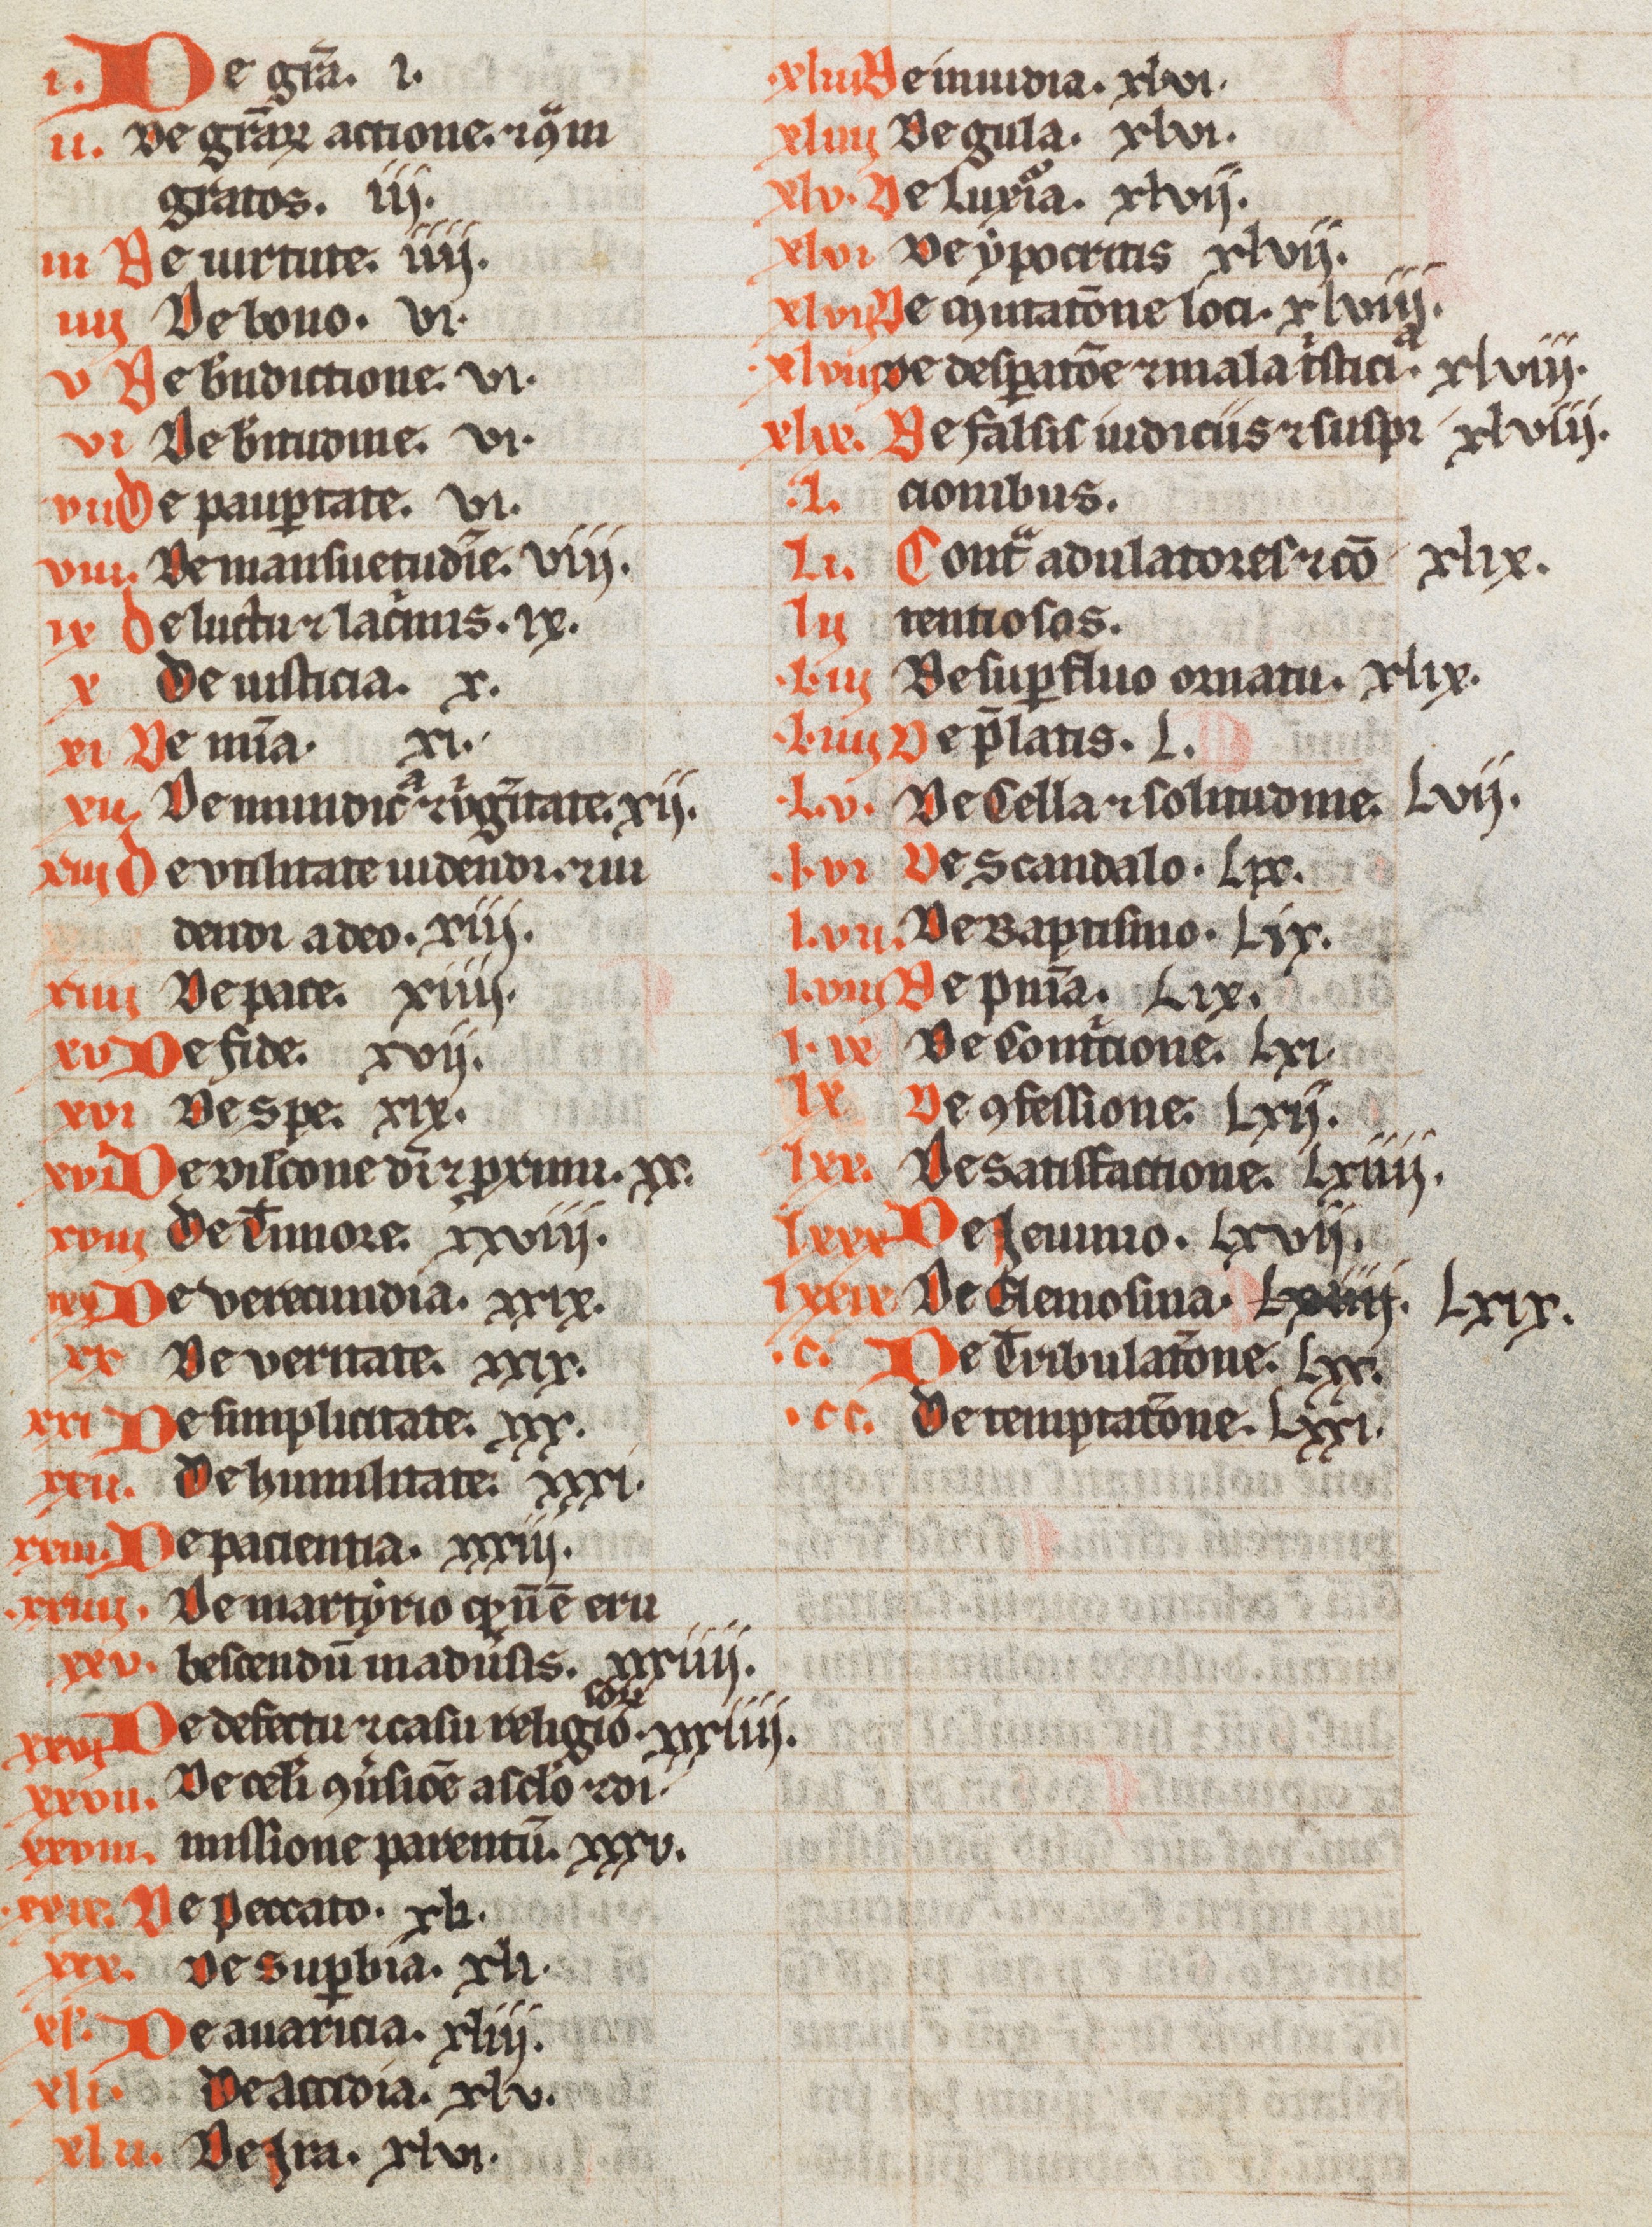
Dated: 1200–1399